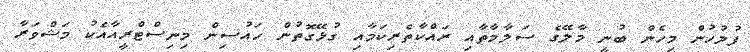
ފުލުހުން މިހެން ބުނީ މާލޭގެ ސަލާމާތާއި ރައްކާތެރިކަމާއި ގުޅޭގޮތުން ހައުސިން މިނިސްޓްރީއާއެކު މަޝްވަރާ